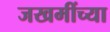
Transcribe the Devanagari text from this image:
जखमींच्या